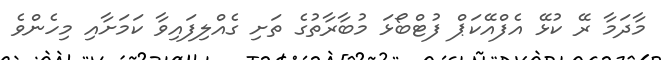
މާދަމާ ރޭ ކުޅޭ އެފްއޭކަޕް ފުޓްބޯޅަ މުބާރާތުގެ ތަށި ގެއްލިފައިވާ ކަމަށާއި މިހެންވެ